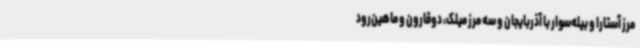
مرز آستارا و بیله‌سوار با آذربایجان و سه مرز میلک، دوقارون و ماهین‌رود